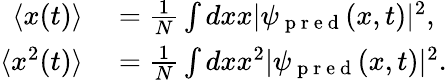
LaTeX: \begin{array}{rl}{\langle x(t)\rangle}&{{}={\frac{1}{N}\int dxx|\psi_{\mathrm{~p~r~e~d~}}(x,t)|^{2}},}\\ {\langle x^{2}(t)\rangle}&{{}={\frac{1}{N}\int dxx^{2}|\psi_{\mathrm{~p~r~e~d~}}(x,t)|^{2}}.}\end{array}